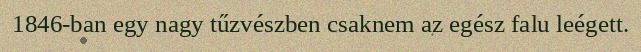
1846-ban egy nagy tűzvészben csaknem az egész falu leégett.